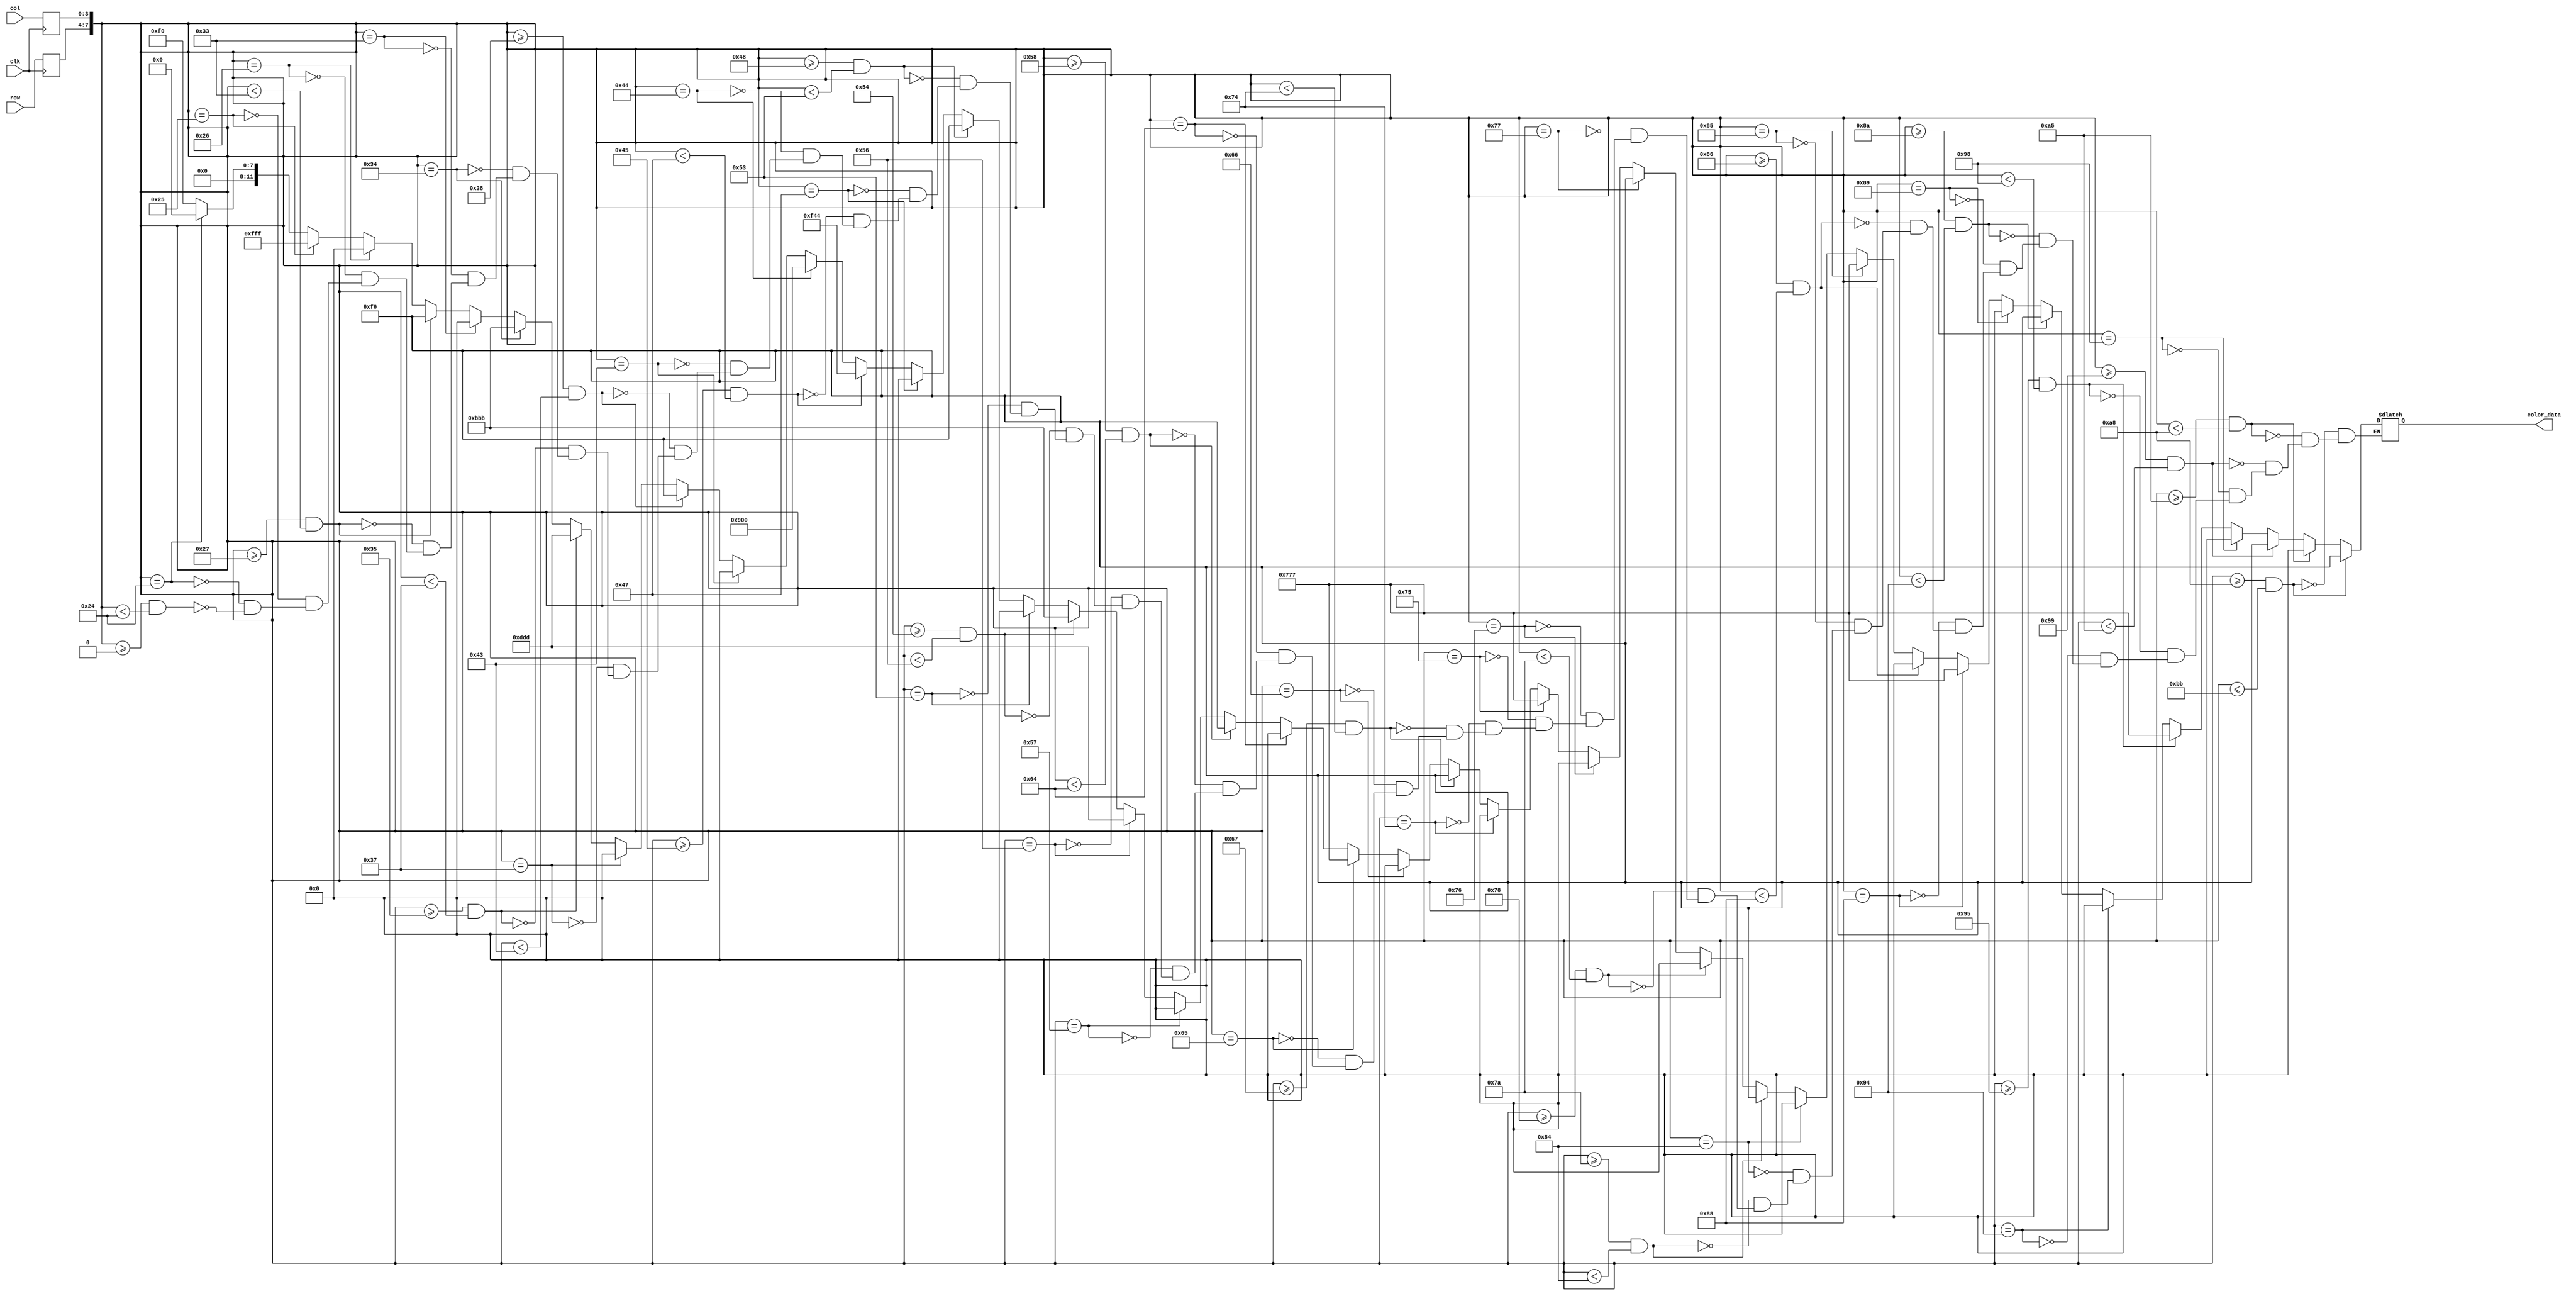
module hook_rom
	(
		input wire clk,
		input wire [3:0] row,
		input wire [3:0] col,
		output reg [11:0] color_data
	);

	(* rom_style = "block" *)

	//signal declaration
	reg [3:0] row_reg;
	reg [3:0] col_reg;

	always @(posedge clk)
		begin
		row_reg <= row;
		col_reg <= col;
		end

	always @(*) begin


		if(({row_reg, col_reg}>=8'b00000000) && ({row_reg, col_reg}<8'b00100100)) color_data = 12'b000011110000;
		if(({row_reg, col_reg}==8'b00100100)) color_data = 12'b000000000000;
		if(({row_reg, col_reg}==8'b00100101)) color_data = 12'b111111111111;
		if(({row_reg, col_reg}==8'b00100110)) color_data = 12'b000000000000;

		if(({row_reg, col_reg}>=8'b00100111) && ({row_reg, col_reg}<8'b00110011)) color_data = 12'b000011110000;
		if(({row_reg, col_reg}==8'b00110011)) color_data = 12'b000000000000;
		if(({row_reg, col_reg}==8'b00110100)) color_data = 12'b101110111011;
		if(({row_reg, col_reg}>=8'b00110101) && ({row_reg, col_reg}<8'b00110111)) color_data = 12'b110111011101;
		if(({row_reg, col_reg}==8'b00110111)) color_data = 12'b000000000000;

		if(({row_reg, col_reg}>=8'b00111000) && ({row_reg, col_reg}<8'b01000011)) color_data = 12'b000011110000;
		if(({row_reg, col_reg}==8'b01000011)) color_data = 12'b000000000000;
		if(({row_reg, col_reg}==8'b01000100)) color_data = 12'b100100000000;
		if(({row_reg, col_reg}>=8'b01000101) && ({row_reg, col_reg}<8'b01000111)) color_data = 12'b111101000100;
		if(({row_reg, col_reg}==8'b01000111)) color_data = 12'b000000000000;

		if(({row_reg, col_reg}>=8'b01001000) && ({row_reg, col_reg}<8'b01010011)) color_data = 12'b000011110000;
		if(({row_reg, col_reg}==8'b01010011)) color_data = 12'b000000000000;
		if(({row_reg, col_reg}>=8'b01010100) && ({row_reg, col_reg}<8'b01010110)) color_data = 12'b101110111011;
		if(({row_reg, col_reg}==8'b01010110)) color_data = 12'b110111011101;
		if(({row_reg, col_reg}==8'b01010111)) color_data = 12'b000000000000;

		if(({row_reg, col_reg}>=8'b01011000) && ({row_reg, col_reg}<8'b01100100)) color_data = 12'b000011110000;
		if(({row_reg, col_reg}==8'b01100100)) color_data = 12'b000000000000;
		if(({row_reg, col_reg}==8'b01100101)) color_data = 12'b011101110111;
		if(({row_reg, col_reg}==8'b01100110)) color_data = 12'b000000000000;

		if(({row_reg, col_reg}>=8'b01100111) && ({row_reg, col_reg}<8'b01110100)) color_data = 12'b000011110000;
		if(({row_reg, col_reg}==8'b01110100)) color_data = 12'b000000000000;
		if(({row_reg, col_reg}==8'b01110101)) color_data = 12'b011101110111;
		if(({row_reg, col_reg}==8'b01110110)) color_data = 12'b000000000000;
		if(({row_reg, col_reg}==8'b01110111)) color_data = 12'b000011110000;
		if(({row_reg, col_reg}>=8'b01111000) && ({row_reg, col_reg}<8'b01111010)) color_data = 12'b000000000000;

		if(({row_reg, col_reg}>=8'b01111010) && ({row_reg, col_reg}<8'b10000100)) color_data = 12'b000011110000;
		if(({row_reg, col_reg}==8'b10000100)) color_data = 12'b000000000000;
		if(({row_reg, col_reg}==8'b10000101)) color_data = 12'b011101110111;
		if(({row_reg, col_reg}>=8'b10000110) && ({row_reg, col_reg}<8'b10001000)) color_data = 12'b000000000000;
		if(({row_reg, col_reg}==8'b10001000)) color_data = 12'b011101110111;
		if(({row_reg, col_reg}==8'b10001001)) color_data = 12'b000000000000;

		if(({row_reg, col_reg}>=8'b10001010) && ({row_reg, col_reg}<8'b10010100)) color_data = 12'b000011110000;
		if(({row_reg, col_reg}==8'b10010100)) color_data = 12'b000000000000;
		if(({row_reg, col_reg}>=8'b10010101) && ({row_reg, col_reg}<8'b10011000)) color_data = 12'b011101110111;
		if(({row_reg, col_reg}==8'b10011000)) color_data = 12'b000000000000;

		if(({row_reg, col_reg}>=8'b10011001) && ({row_reg, col_reg}<8'b10100101)) color_data = 12'b000011110000;
		if(({row_reg, col_reg}>=8'b10100101) && ({row_reg, col_reg}<8'b10101000)) color_data = 12'b000000000000;


		if(({row_reg, col_reg}>=8'b10101000) && ({row_reg, col_reg}<=8'b10111011)) color_data = 12'b000011110000;
	end
endmodule